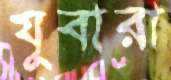
যুবারা